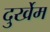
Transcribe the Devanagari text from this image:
दुर्खेम